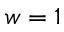
w = 1